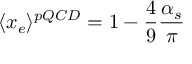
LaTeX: \langle x _ { e } \rangle { } ^ { p Q C D } = 1 - \frac { 4 } { 9 } \frac { \alpha _ { s } } { \pi }